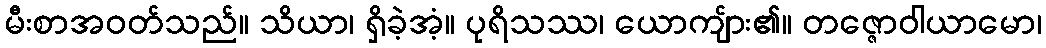
မီးစာအဝတ်သည်။ သိယာ၊ ရှိခဲ့အံ့။ ပုရိသဿ၊ ယောကျ်ား၏။ တဇ္ဇောဝါယာမော၊